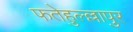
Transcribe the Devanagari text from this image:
फतेहुल्ल्लापुर